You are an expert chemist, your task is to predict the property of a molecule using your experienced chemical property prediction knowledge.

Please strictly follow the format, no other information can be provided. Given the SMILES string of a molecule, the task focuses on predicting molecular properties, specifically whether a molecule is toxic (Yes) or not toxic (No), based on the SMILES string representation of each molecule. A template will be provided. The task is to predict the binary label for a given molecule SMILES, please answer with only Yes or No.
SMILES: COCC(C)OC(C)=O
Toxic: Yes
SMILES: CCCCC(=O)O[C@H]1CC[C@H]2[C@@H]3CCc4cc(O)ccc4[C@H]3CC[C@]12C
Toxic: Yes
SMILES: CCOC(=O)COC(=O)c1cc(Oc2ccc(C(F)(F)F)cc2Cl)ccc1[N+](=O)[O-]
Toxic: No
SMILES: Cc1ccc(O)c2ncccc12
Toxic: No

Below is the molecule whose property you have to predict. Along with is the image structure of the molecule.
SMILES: CCCC/C=C/CCCCO
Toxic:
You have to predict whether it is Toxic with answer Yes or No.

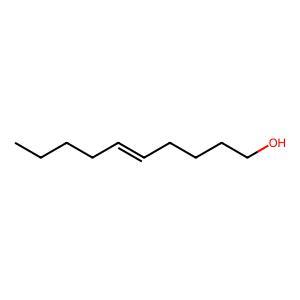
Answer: No